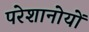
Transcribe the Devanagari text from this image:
परेशानोयों